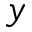
y